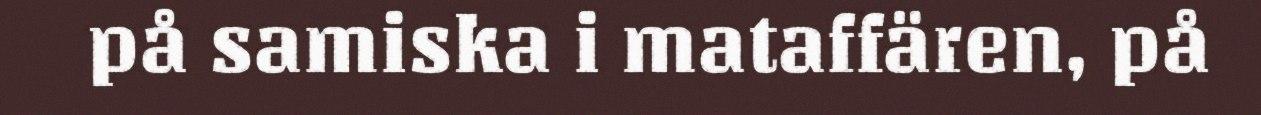
på samiska i mataffären, på